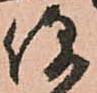
便